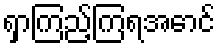
ရှာကြည့်ကြရအောင်